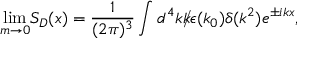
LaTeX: { \operatorname * { l i m } _ { m \rightarrow 0 } } S _ { D } ( x ) = { \frac { 1 } { ( 2 \pi ) ^ { 3 } } } \int d ^ { 4 } k { \rlap / { k } } { \epsilon } ( k _ { 0 } ) { \delta } ( k ^ { 2 } ) e ^ { \pm i k x } ,